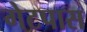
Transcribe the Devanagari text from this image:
गेटपास